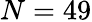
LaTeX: N=49